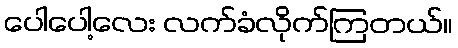
ပေါပေါ့လေး လက်ခံလိုက်ကြတယ်။